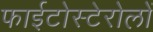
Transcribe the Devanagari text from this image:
फाईटोस्टेरोलों